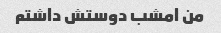
من امشب دوستش داشتم